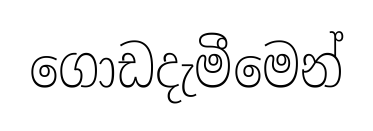
ගොඩදැමීමෙන්